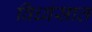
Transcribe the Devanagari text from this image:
विध्वंसात